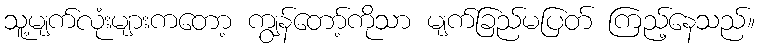
သူ့မျက်လုံးများကတော့ ကျွန်တော့်ကိုသာ မျက်ခြည်မပြတ် ကြည့်နေသည်။